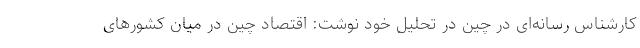
کارشناس رسانه‌ای در چین در تحلیل خود نوشت: اقتصاد چین در میان کشورهای